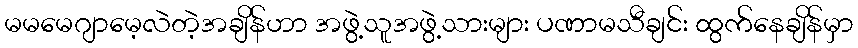
မမမေဂျာမေ့လဲတဲ့အချိန်ဟာ အဖွဲ့သူအဖွဲ့သားများ ပဏာမသီချင်း ထွက်နေချိန်မှာ